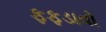
ફફડાવો